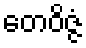
တေဝိဇ္ဇံ